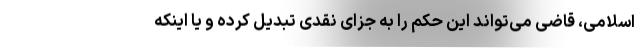
اسلامی، قاضی می‌تواند این حکم را به جزای نقدی تبدیل کرده و یا اینکه